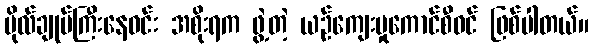
ဗိုလ်ချုပ်ကြီးနေဝင်း အစိုးရက ဖွဲ့တဲ့ ယဉ်ကျေးမှုကောင်စီဝင် ဖြစ်ပါတယ်။